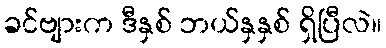
ခင်ဗျားက ဒီနှစ် ဘယ်နှနှစ် ရှိပြီလဲ။